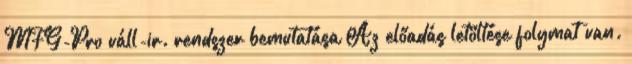
MFG-Pro váll-ir. rendszer bemutatása Az előadás letöltése folymat van.